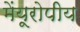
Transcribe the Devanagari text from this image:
मेंयूरोपीय